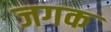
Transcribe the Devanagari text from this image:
जगक